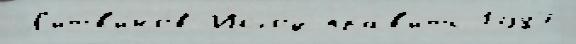
Л'итв'и́нов Исхо́д пра́в'ить 1987